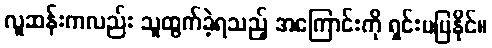
လူဆန်းကလည်း သူထွက်ခဲ့ရသည့် အကြောင်းကို ရှင်းမပြနိုင်။